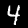
Digit: 4